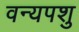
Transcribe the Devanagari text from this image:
वन्यपशु